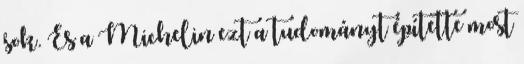
sok. És a Michelin ezt a tudományt építette most